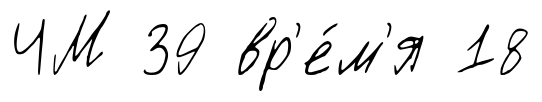
ЧМ 39 вр'е́м'я 18